Lunatic asylums United Provinces 1899-1908 - 1899-1908
Year: 1899
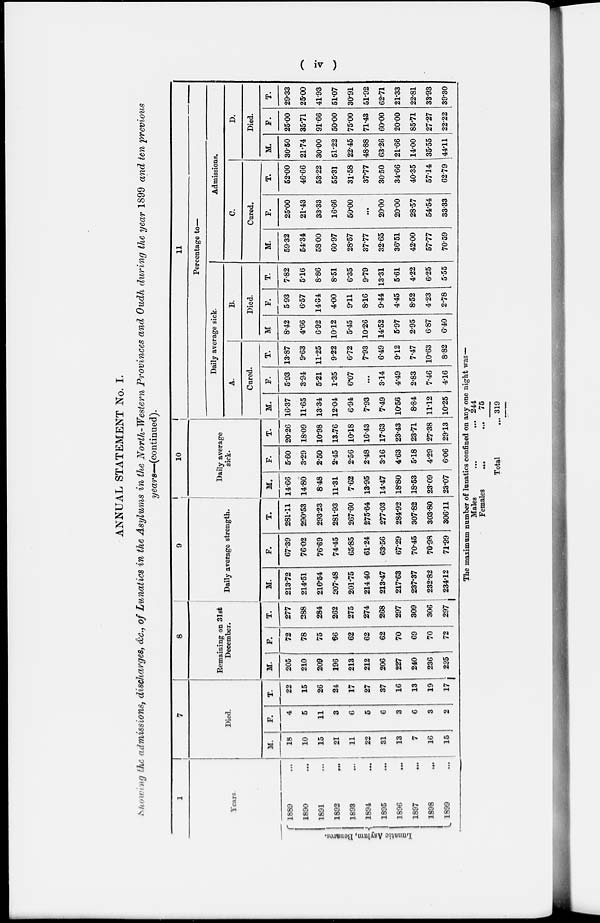
( iv )
ANNUAL STATEMENT No. I.
Showing the admissions, discharges, &c., of Lunatics in the Asylums in the North-Western Provinces and Oudh during the year 1899 and ten previous
years— (continued).
1
Years
Lunatic
Aslyum,
Benares.
1889 ...
1890 ...
1891 ...
1892 ...
1893 ...
1894 ...
1895 ...
1896 ...
1897 ...
1898 ...
1899 ...
7
Died.
M.
18
10
15
21
11
22
31
13
7
16
15
F.
4
5
11
3
6
5
6
3
6
3
2
T.
22
15
26
24
17
27
37
16
13
19
17
8
Remaining on 31st
December.
M.
205
210
209
196
213
212
206
227
240
236
225
F.
72
78
75
66
62
62
62
70
69
70
72
T.
277
288
284
262
275
274
268
297
309
306
297
9
Daily average strength.
M.
213.72
214.51
216.54
207.48
201.75
214.40
213.47
217.63
237.37
232.82
234.12
F.
67.39
76.02
76.69
74.45
65.85
61.24
63.56
67.29
70.45
70.98
71.99
T.
281.11
290.53
293.23
281.93
267.60
275.64
277.03
284.92
307.82
303.80
306.11
10
Daily average
sick.
M.
14.66
14.80
8.48
11.31
7.62
13.95
14.47
18.80
18.53
23.09
23.07
F.
5.60
3.29
2.50
2.45
2.56
2.48
3.16
4.63
5.18
4.29
6.06
T.
20.26
18.09
10.98
13.76
10.18
16.43
17.63
23.43
23.71
27.38
29.13
11
Percentage to—
Daily average sick.
A.
Cured.
M.
16.37
11.65
13.34
12.04
6.94
7.93
7.49
10.56
8.84
11.12
10.25
F.
5.93
3.94
5.21
1.35
6.07
...
3.14
4.49
2.83
7.46
4.16
T.
13.87
9.63
11.25
9.22
6.72
7.93
6.49
9.12
7.47
10.63
8.82
B.
Died.
M
8.42
4.66
6.92
10.12
5.45
10.26
14.52
5.97
2.95
6.87
6.40
F.
5.93
6.57
14.84
4.00
9.11
8.16
9.44
4.45
8.52
423
2.78
T.
7.82
5.16
8.86
8.51
6.35
9.79
13.31
5.61
4.22
6.25
5.55
Admissions.
C.
Cured.
M.
59.32
54.34
58.00
60.97
28.57
37.77
32.65
36.51
42.00
57.77
70.59
F.
25.00
21.43
33.33
16.66
50.00
...
20.00
20.00
28.57
54.54
33.33
T.
52.00
46.66
53.22
55.31
31.58
37.77
30.50
34.66
40.35
57.14
62.79
D.
Died.
M.
30.50
21.74
30.00
51.22
22.45
48.88
63.26
21.66
14.00
35.55
44.11
F.
25.00
35.71
91.66
50.00
75.00
71.43
60.00
20.00
85.71
27.27
22.22
T.
29.33
25.00
41.93
51.07
30.91
51.92
62.71
21.33
22.81
33.93
39.30
The maximum number of lunatics confined on any one night was—
Males
...
...
Females
...
...
Total ...
244
75
319